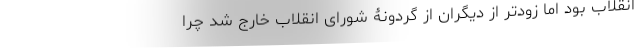
انقلاب بود اما زودتر از دیگران از گردونۀ شورای انقلاب خارج شد چرا